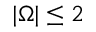
| \Omega | \le 2